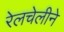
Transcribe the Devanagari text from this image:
रेलचेलीने